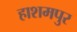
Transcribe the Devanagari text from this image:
हाशमपुर